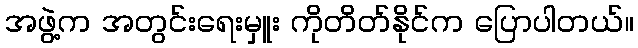
အဖွဲ့က အတွင်းရေးမှူး ကိုတိတ်နိုင်က ပြောပါတယ်။